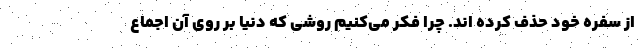
از سفره خود حذف کرده اند. چرا فکر می‌کنیم روشی که دنیا بر روی آن اجماع